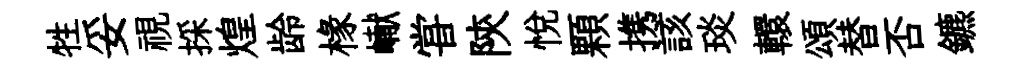
牲妥視採煌龄椽𪩘甞陝悅顆携該琰轘頌替否鑣